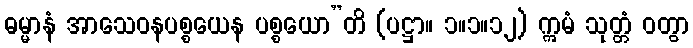
ဓမ္မာနံ အာသေဝနပစ္စယေန ပစ္စယော”တိ (ပဋ္ဌာ။ ၁။၁။၁၂) ဣမံ သုတ္တံ ဝတွာ